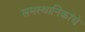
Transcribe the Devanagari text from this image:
समस्थानिकांचे